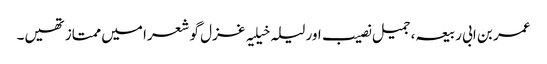
عمر بن ابی ربیعہ، جمیل نصیب اور لیلہ خیلیہ غزل گو شعرا میں ممتاز تھیں۔